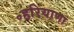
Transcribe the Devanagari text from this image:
॰हरियाणा